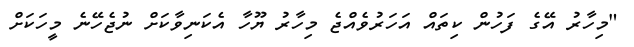
"މިހާރު އޭގެ ފަހުން ކިތައް އަހަރުވެއްޖެ މިހާރު ޔޫހާ އެކަނިވާކަށް ނުޖެހޭނެ މީހަކަށް